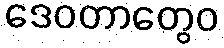
ဒေဝတာတွေဝ